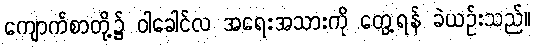
ကျောက်စာတို့၌ ဝါခေါင်လ အရေးအသားကို တွေ့ရန် ခဲယဉ်းသည်။